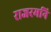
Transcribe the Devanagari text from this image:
राजरमनि